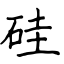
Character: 硅